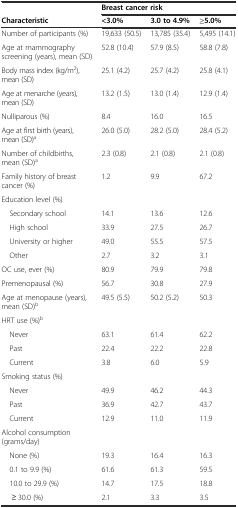
<table><thead><tr><td></td><td colspan="3"><b>Breast cancer risk</b></td></tr><tr><td><b>Characteristic</b></td><td><b>&lt;3.0%</b></td><td><b>3.0 to 4.9%</b></td><td><b>≥5.0%</b></td></tr></thead><tbody><tr><td>Number of participants (%)</td><td>19,633 (50.5)</td><td>13,785 (35.4)</td><td>5,495 (14.1)</td></tr><tr><td>Age at mammography screening (years), mean (SD)</td><td>52.8 (10.4)</td><td>57.9 (8.5)</td><td>58.8 (7.8)</td></tr><tr><td>Body mass index (kg/m<sup>2</sup>), mean (SD)</td><td>25.1 (4.2)</td><td>25.7 (4.2)</td><td>25.8 (4.1)</td></tr><tr><td>Age at menarche (years), mean (SD)</td><td>13.2 (1.5)</td><td>13.0 (1.4)</td><td>12.9 (1.4)</td></tr><tr><td>Nulliparous (%)</td><td>8.4</td><td>16.0</td><td>16.5</td></tr><tr><td>Age at first birth (years), mean (SD)<sup>a</sup></td><td>26.0 (5.0)</td><td>28.2 (5.0)</td><td>28.4 (5.2)</td></tr><tr><td>Number of childbirths, mean (SD)<sup>a</sup></td><td>2.3 (0.8)</td><td>2.1 (0.8)</td><td>2.1 (0.8)</td></tr><tr><td>Family history of breast cancer (%)</td><td>1.2</td><td>9.9</td><td>67.2</td></tr><tr><td>Education level (%)</td><td></td><td></td><td></td></tr><tr><td> Secondary school</td><td>14.1</td><td>13.6</td><td>12.6</td></tr><tr><td> High school</td><td>33.9</td><td>27.5</td><td>26.7</td></tr><tr><td> University or higher</td><td>49.0</td><td>55.5</td><td>57.5</td></tr><tr><td> Other</td><td>2.7</td><td>3.2</td><td>3.1</td></tr><tr><td>OC use, ever (%)</td><td>80.9</td><td>79.9</td><td>79.8</td></tr><tr><td>Premenopausal (%)</td><td>56.7</td><td>30.8</td><td>27.9</td></tr><tr><td>Age at menopause (years), mean (SD)<sup>b</sup></td><td>49.5 (5.5)</td><td>50.2 (5.2)</td><td>50.3</td></tr><tr><td>HRT use (%)<sup>b</sup></td><td></td><td></td><td></td></tr><tr><td> Never</td><td>63.1</td><td>61.4</td><td>62.2</td></tr><tr><td> Past</td><td>22.4</td><td>22.2</td><td>22.8</td></tr><tr><td> Current</td><td>3.8</td><td>6.0</td><td>5.9</td></tr><tr><td>Smoking status (%)</td><td></td><td></td><td></td></tr><tr><td> Never</td><td>49.9</td><td>46.2</td><td>44.3</td></tr><tr><td> Past</td><td>36.9</td><td>42.7</td><td>43.7</td></tr><tr><td> Current</td><td>12.9</td><td>11.0</td><td>11.9</td></tr><tr><td>Alcohol consumption (grams/day)</td><td></td><td></td><td></td></tr><tr><td> None (%)</td><td>19.3</td><td>16.4</td><td>16.3</td></tr><tr><td> 0.1 to 9.9 (%)</td><td>61.6</td><td>61.3</td><td>59.5</td></tr><tr><td> 10.0 to 29.9 (%)</td><td>14.7</td><td>17.5</td><td>18.8</td></tr><tr><td>≥ 30.0 (%)</td><td>2.1</td><td>3.3</td><td>3.5</td></tr></tbody></table>